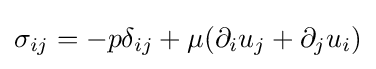
\sigma _{ij}=-p\delta _{ij}+\mu (\partial _{i}u_{j}+\partial _{j}u_{i})